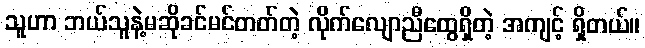
သူဟာ ဘယ်သူနဲ့မဆိုခင်မင်တတ်တဲ့ လိုက်လျောညီထွေရှိတဲ့ အကျင့် ရှိတယ်။